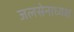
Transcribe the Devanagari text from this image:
जलसेनाध्यक्ष